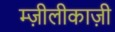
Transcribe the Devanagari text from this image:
म्ज़ीलीकाज़ी